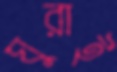
ঘুরাই